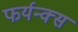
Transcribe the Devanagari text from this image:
फर्यन्क्स